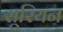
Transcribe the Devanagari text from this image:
सूरियन